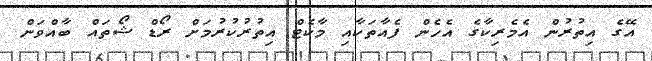
އޭގެ އިތުރުން އެމެރިކާގެ އެހެން ފެއާތަކާއި މާކެޓް އިތުރުކުރުމަށް ރޯޑް ޝޯތައް ބާއްވަން